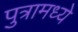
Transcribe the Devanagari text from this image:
पुत्रामध्ये